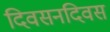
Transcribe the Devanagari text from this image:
दिवसनदिवस